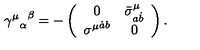
{ { \gamma ^ { \mu } } _ { \alpha } } ^ { \beta } = - \left( \begin{array} { c c } { 0 } & { { { \bar { \sigma } } ^ { \mu } } _ { a \dot { b } } } \\ { { \sigma ^ { \mu } } ^ { \dot { a } b } } & { 0 } \\ \end{array} \right) .